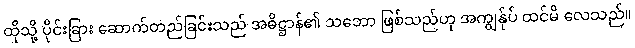
ထိုသို့ ပိုင်းခြား ဆောက်တည်ခြင်းသည် အဓိဋ္ဌာန်၏ သဘော ဖြစ်သည်ဟု အကျွန်ုပ် ထင်မိ လေသည်။